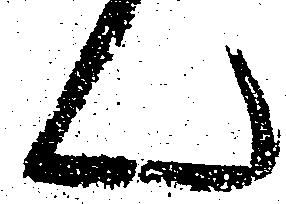
ん